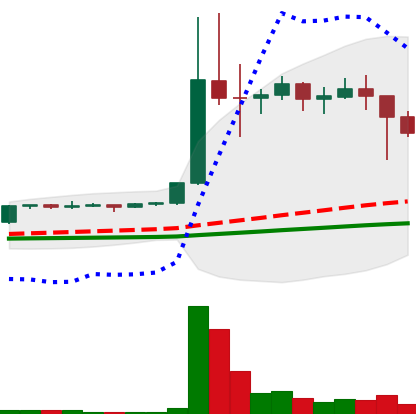
Ticker: DOGE-USD
Chart end date: 2021-01-12
Forward return: 12.452%
Label: up_7plus